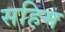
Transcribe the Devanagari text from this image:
सहिम